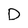
Character: D